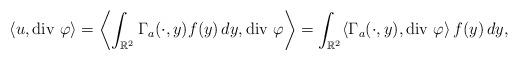
LaTeX: \begin{align*}\langle u, \mbox{div $\varphi$}\rangle=\left\langle\int_{\mathbb R^2}\Gamma_a(\cdot,y)f(y)\,dy, \mbox{div $\varphi$}\right\rangle=\int_{\mathbb R^2}\langle\Gamma_a(\cdot,y), \mbox{div $\varphi$}\rangle\,f(y)\,dy,\end{align*}